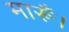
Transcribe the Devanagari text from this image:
मारूँ।